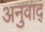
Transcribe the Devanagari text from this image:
अनुवाद्